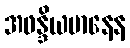
အဖန္ဒိယမာနေန